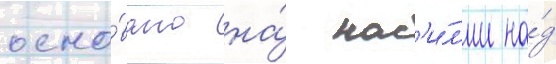
осно́вано на́ нас'и́л'ии на́д